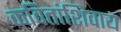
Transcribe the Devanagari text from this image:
कवितांशिवाय